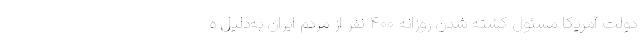
دولت آمریکا مسئول کشته شدن روزانه ۴۰۰ نفر از مردم ایران به‌دلیل ه